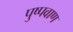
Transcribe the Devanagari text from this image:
पुष्पवाण